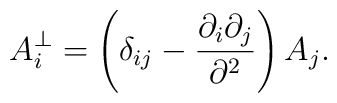
A_i^\bot=\left(\delta_{ij}-\frac{\partial _i\partial _j}{\partial ^2}\right)A_j.